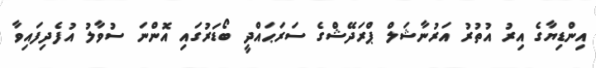
އިންޑިޔާގެ އިރު އުތުރު އަރުނާޝަލް ޕްރަދޭޝްގެ ސަރަޙައްދީ ބޯޑަރުގައި އޮންނަ ސުވާލު އުފެދިފައިވާ